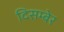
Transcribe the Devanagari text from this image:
दिसम्बेर